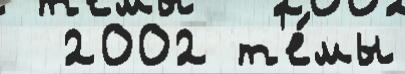
  2002 т'е́мы